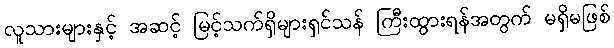
လူသားများနှင့် အဆင့် မြင့်သက်ရှိများရှင်သန် ကြီးထွားရန်အတွက် မရှိမဖြစ်